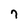
Character: 7